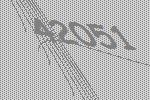
42051